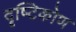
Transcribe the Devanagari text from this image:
दॄष्‍टिकोण